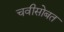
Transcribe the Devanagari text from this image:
चवीसोबत